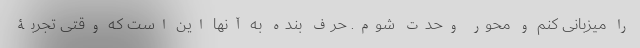
را میزبانی کنم و محور وحدت شوم. حرف بنده به آنها این است که وقتی تجربۀ